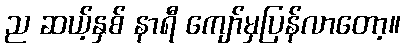
ည ဆယ့်နှစ် နာရီ ကျော်မှပြန်လာတော့။